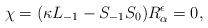
LaTeX: \begin{align*}\chi=(\kappa L_{-1}-S_{-1}S_{0})R_{\alpha}^{\epsilon}=0,\end{align*}